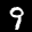
Label: 9